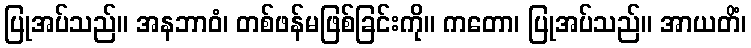
ပြုအပ်သည်။ အနဘာဝံ၊ တစ်ဖန်မဖြစ်ခြင်းကို။ ကတော၊ ပြုအပ်သည်။ အာယတိံ၊